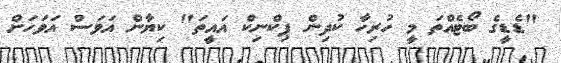
"ޑެޑީގެ ބޯޓެއްތަ މީ ހުރިހާ ކުދިން ޕިކްނިކް އައީތަ" ކިޔާން އަވަސް އަވަހަށް